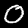
Label: 0